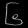
Digit: ၆